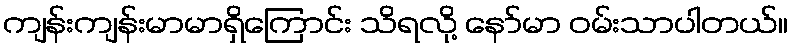
ကျန်းကျန်းမာမာရှိကြောင်း သိရလို့ နော်မာ ဝမ်းသာပါတယ်။